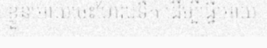
ខ្លួនអោយចេះហែលទឹក ដើម្បីធ្វើអោយ